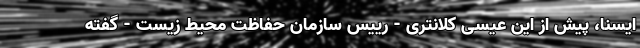
ایسنا، پیش از این عیسی کلانتری - رییس سازمان حفاظت محیط زیست - گفته